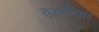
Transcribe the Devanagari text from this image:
युद्धभूमिवर